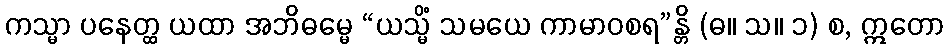
ကသ္မာ ပနေတ္ထ ယထာ အဘိဓမ္မေ “ယသ္မိံ သမယေ ကာမာဝစရ”န္တိ (ဓ။ သ။ ၁) စ, ဣတော